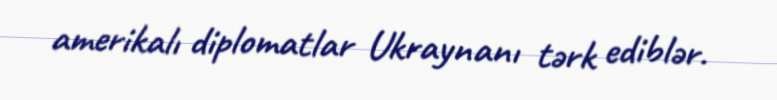
amerikalı diplomatlar Ukraynanı tərk ediblər.